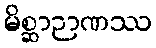
မိစ္ဆာဉာဏဿ